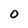
Character: O